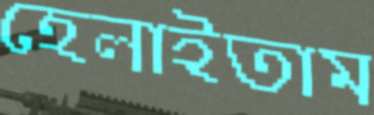
হেলাইতাম